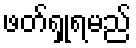
ဖတ်ရှုရမည်